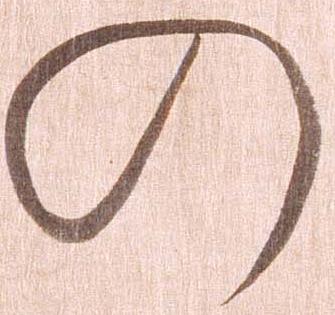
の